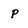
Character: P